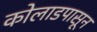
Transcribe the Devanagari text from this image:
कोलाडपासून